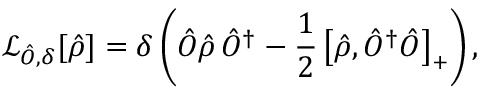
\mathcal { L } _ { \hat { O } , \delta } [ \hat { \rho } ] = \delta \left( \hat { O } \hat { \rho } \, \hat { O } ^ { \dagger } - \frac { 1 } { 2 } \left[ \hat { \rho } , \hat { O } ^ { \dagger } \hat { O } \right] _ { + } \right) ,